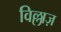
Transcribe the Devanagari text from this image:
विल्लाज़